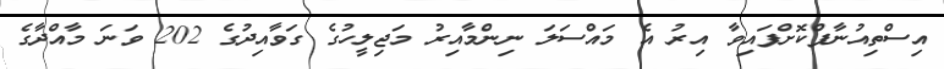
އިސްތިއުނާފްކޮށްފައިވާ އިރު އެ މައްސަލަ ނިންމާއިރު މަޖިލީހުގެ ގަވާއިދުގެ 202 ވަނަ މާއްދާގެ